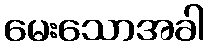
မေးသောအခါ